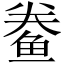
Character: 鲞